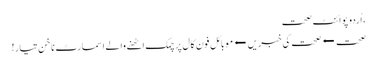
، اُردو پوائنٹ صحت
صحت ⬅صحت کی خبریں⬅موبائل فون کال پر چمک اٹھنے والے اسمارٹ ناخن تیار!